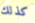
كذلك